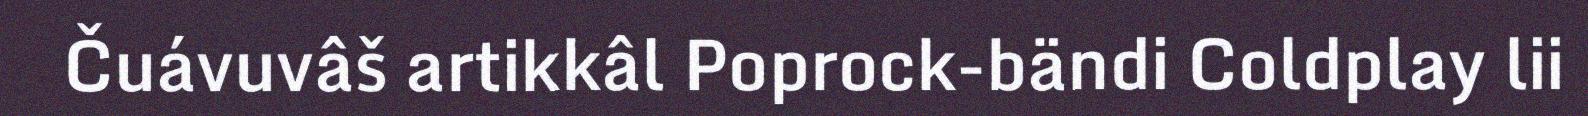
Čuávuvâš artikkâl Poprock-bändi Coldplay lii